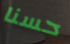
حسنا